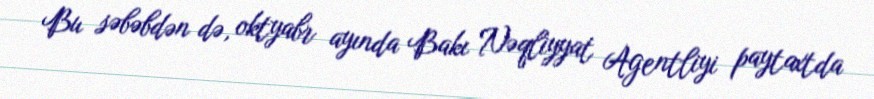
Bu səbəbdən də, oktyabr ayında Bakı Nəqliyyat Agentliyi paytaxtda